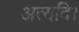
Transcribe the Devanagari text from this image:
अत्यदि।